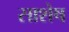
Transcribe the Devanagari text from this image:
साशेष